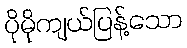
ပိုမိုကျယ်ပြန့်သော